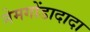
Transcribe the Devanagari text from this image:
नेमगोंडादादा